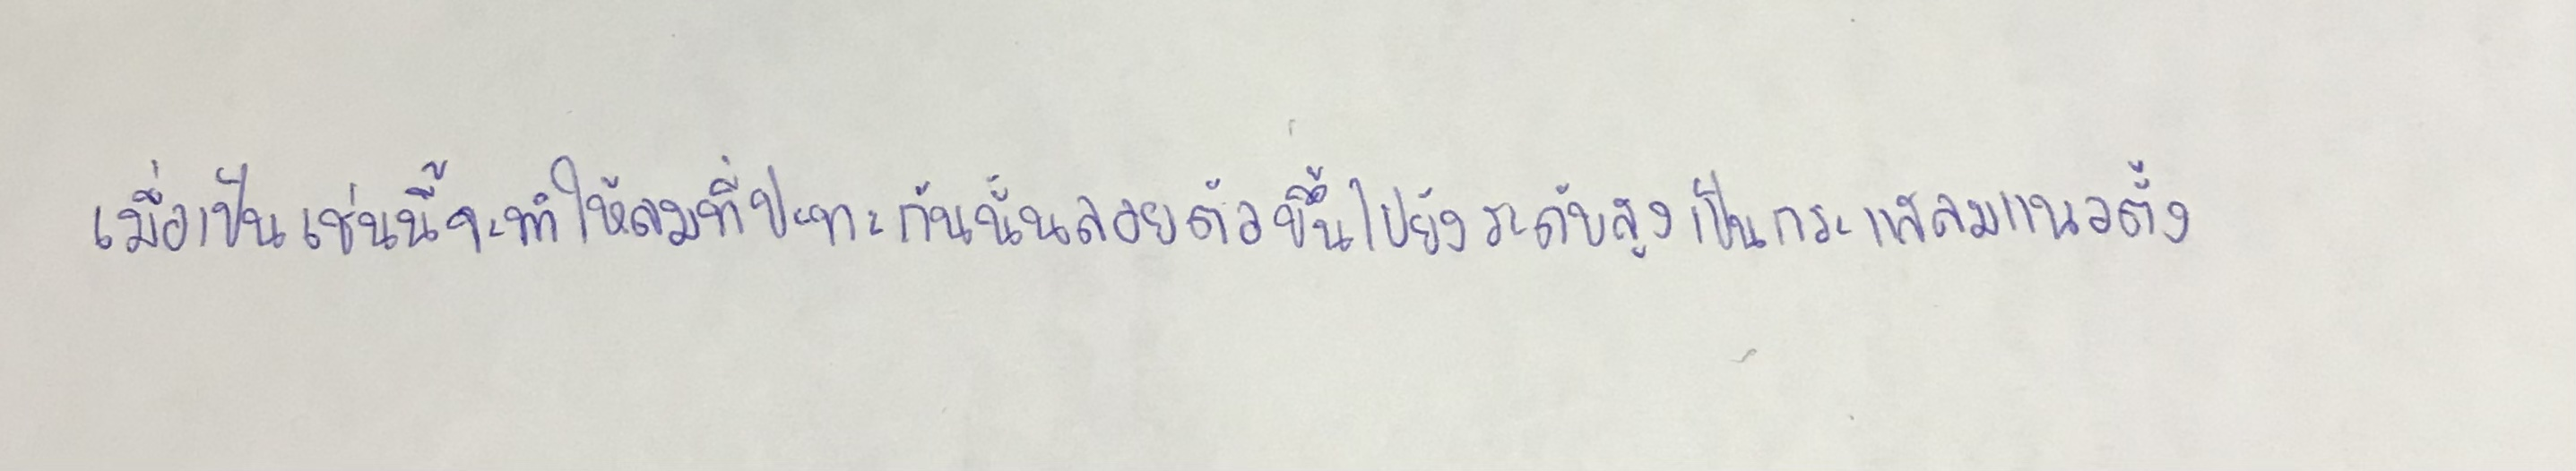
เมื่อเป็นเช่นนี้จะทำให้ลมที่ปะทะกันนั้นลอยตัวขึ้นไปยังระดับสูงเป็นกระแสลมแนวตั้ง